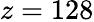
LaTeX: z=128